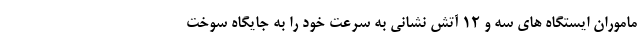
ماموران ایستگاه های سه و ۱۲ آتش نشانی به سرعت خود را به جایگاه سوخت